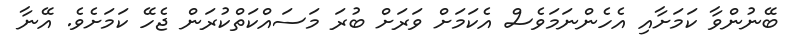
ބޭނުންވާ ކަމަށާއި އެހެންނަމަވެސް އެކަމަށް ވަރަށް ބުރަ މަސައްކަތްކުރަން ޖެހޭ ކަމަށެވެ. އޭނާ